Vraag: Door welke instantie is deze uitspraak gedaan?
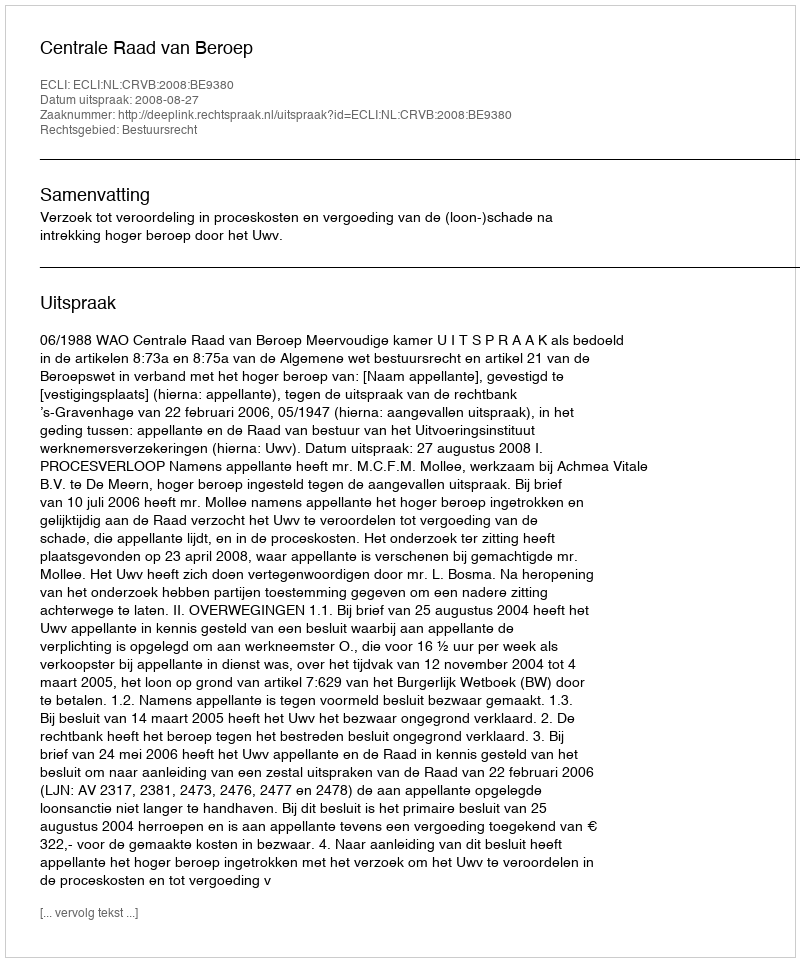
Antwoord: Centrale Raad van Beroep